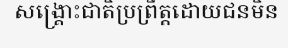
សង្គ្រោះជាតិប្រព្រឹត្តដោយជនមិន